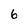
Character: 6